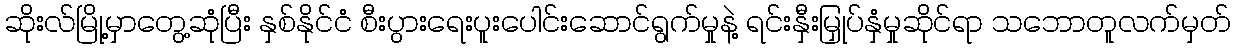
ဆိုးလ်မြို့မှာတွေ့ဆုံပြီး နှစ်နိုင်ငံ စီးပွားရေးပူးပေါင်းဆောင်ရွက်မှုနဲ့ ရင်းနှီးမြှုပ်နှံမှုဆိုင်ရာ သဘောတူလက်မှတ်